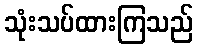
သုံးသပ်ထားကြသည်